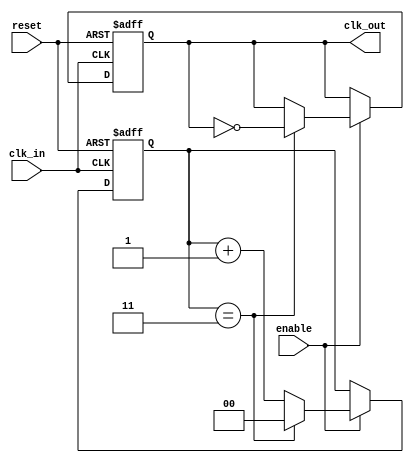
module clock_divider_buffer #(
    parameter N = 4  // Default division factor
)(
    input wire clk_in,   // Input clock signal
    input wire reset,    // Asynchronous reset signal
    input wire enable,   // Enable signal
    output reg clk_out   // Output clock signal
);

    reg [$clog2(N)-1:0] counter; // Counter to track input clock cycles

    // Asynchronous reset and enable logic
    always @(posedge clk_in or posedge reset) begin
        if (reset) begin
            counter <= 0;    // Reset counter to 0
            clk_out <= 0;    // Reset output clock to low
        end else if (enable) begin
            if (counter == (N-1)) begin
                clk_out <= ~clk_out; // Toggle output clock
                counter <= 0;         // Reset counter after toggle
            end else begin
                counter <= counter + 1; // Increment counter
            end
        end
    end

endmodule